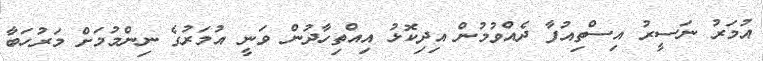
އުމަރު ނަސީރު އިސްތިއުފާ ދެއްވުމުން އިދިކޮޅު އިއްތިހާދުން ވަނީ އުމަރުގެ ނިންމުމަށް މަރުހަބާ